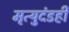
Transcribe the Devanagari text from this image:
मृत्युदंडही